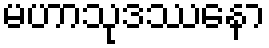
မဟာသုဒဿနော